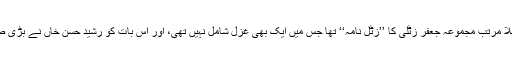
یوں تو اردو شاعری کا پہلا مرتب مجموعہ جعفر زٹلّی کا ’’زٹل نامہ‘‘ تھا جس میں ایک بھی غزل شامل نہیں تھی، اور اس بات کو رشید حسن خاں نے بڑی صراحت سے بیان کیا ہے۔